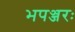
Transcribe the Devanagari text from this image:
भपञ्जरः